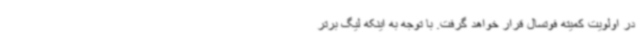
در اولویت کمیته فوتسال قرار خواهد گرفت. با توجه به اینکه لیگ برتر